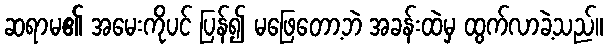
ဆရာမ၏ အမေးကိုပင် ပြန်၍ မဖြေတော့ဘဲ အခန်းထဲမှ ထွက်လာခဲ့သည်။